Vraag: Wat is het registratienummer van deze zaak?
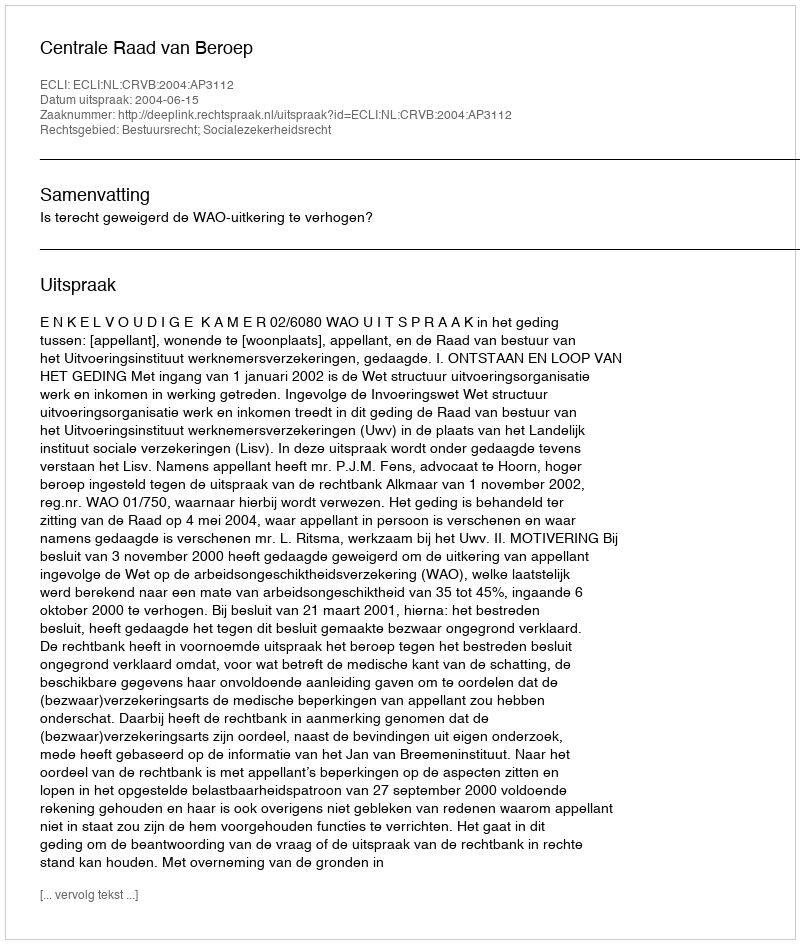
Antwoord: http://deeplink.rechtspraak.nl/uitspraak?id=ECLI:NL:CRVB:2004:AP3112